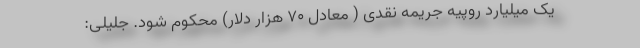
یک میلیارد روپیه جریمه نقدی ( معادل ۷۰ هزار دلار) محکوم شود. جلیلی: